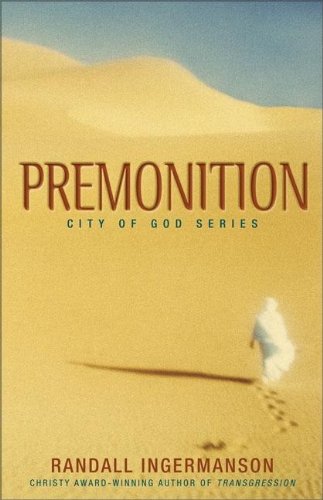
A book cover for Premonition (City of God Series #2); Randall Ingermanson; Christian Books & Bibles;